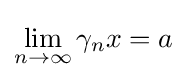
\lim _{n\to \infty }\gamma _{n}x=a